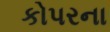
કોપરના